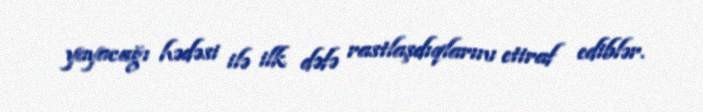
yayacağı hədəsi ilə ilk dəfə rastlaşdıqlarını etiraf ediblər.